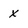
Character: x